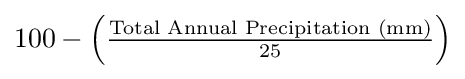
{\textstyle 100-\left({\frac {\text{Total Annual Precipitation (mm)}}{25}}\right)}